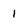
Character: 1